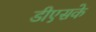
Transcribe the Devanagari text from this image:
डीएसके